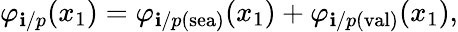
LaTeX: \varphi_{\mathbf{i}/p}(x_{1})=\varphi_{\mathbf{i}/p(\mathrm{{sea}})}(x_{1})+\varphi_{\mathbf{i}/p(\mathrm{{val}})}(x_{1}),